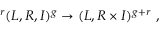
\ ^ { r } ( L , R , I ) ^ { g } \to ( L , R \times I ) ^ { g + r } \ ,